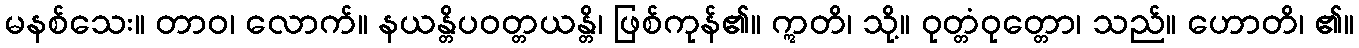
မနစ်သေး။ တာဝ၊ လောက်။ နယန္တိပဝတ္တယန္တိ၊ ဖြစ်ကုန်၏။ ဣတိ၊ သို့။ ဝုတ္တံဝုတ္တော၊ သည်။ ဟောတိ၊ ၏။